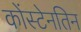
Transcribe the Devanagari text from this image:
कोंस्टेनतिन